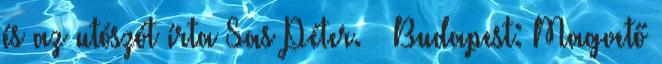
és az utószót írta Sas Péter. – Budapest: Magvető